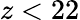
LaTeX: z<22